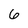
Character: 6